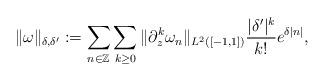
LaTeX: \begin{align*} \| \omega\|_{\delta, \delta'}: =\sum_{n\in \mathbb{Z}} \sum_{k\ge 0} \|\partial_z^k \omega_n \|_{L^2([-1,1])} \frac{|\delta'|^{k }}{ k!} e^{\delta |n| } ,\end{align*}